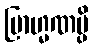
ဗြာဟ္မဏမ္ပိ